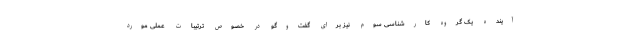
آینده یک گروه کارشناسی سوم نیز برای گفت‌وگو در خصوص ترتیبات عملی مورد